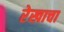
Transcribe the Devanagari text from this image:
रेखाचा